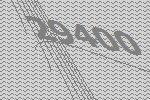
29400